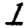
Digit: 1